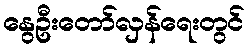
နွေဦးတော်လှန်ရေးတွင်